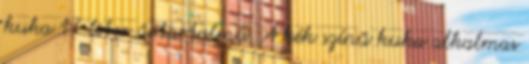
kuka 17 liter űrtartalmú. A kék színű kuka alkalmas